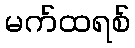
မက်ထရစ်